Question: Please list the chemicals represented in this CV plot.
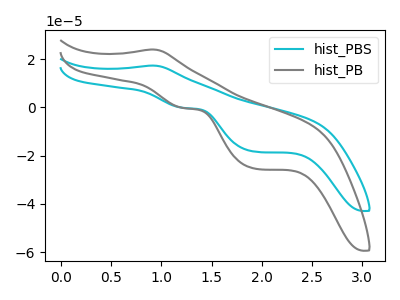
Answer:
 <answer>The cyan curve is labeled "hist_PBS". The gray curve is labeled "hist_PB".</answer>
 <eval></eval>